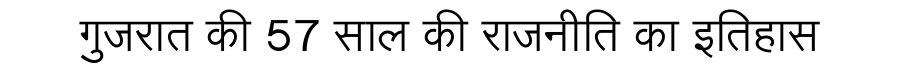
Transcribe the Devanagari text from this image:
गुजरात की 57 साल की राजनीति का इतिहास